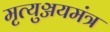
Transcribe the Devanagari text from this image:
मृत्युञ्जयमंत्र